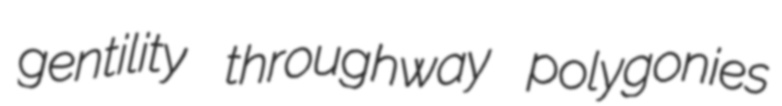
gentility throughway polygonies